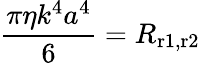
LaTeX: {\frac{\pi\eta k^{4}a^{4}}{6}}=R_{\mathrm{r1,r2}}